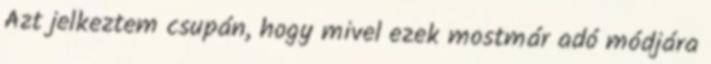
Azt jelkeztem csupán, hogy mivel ezek mostmár adó módjára